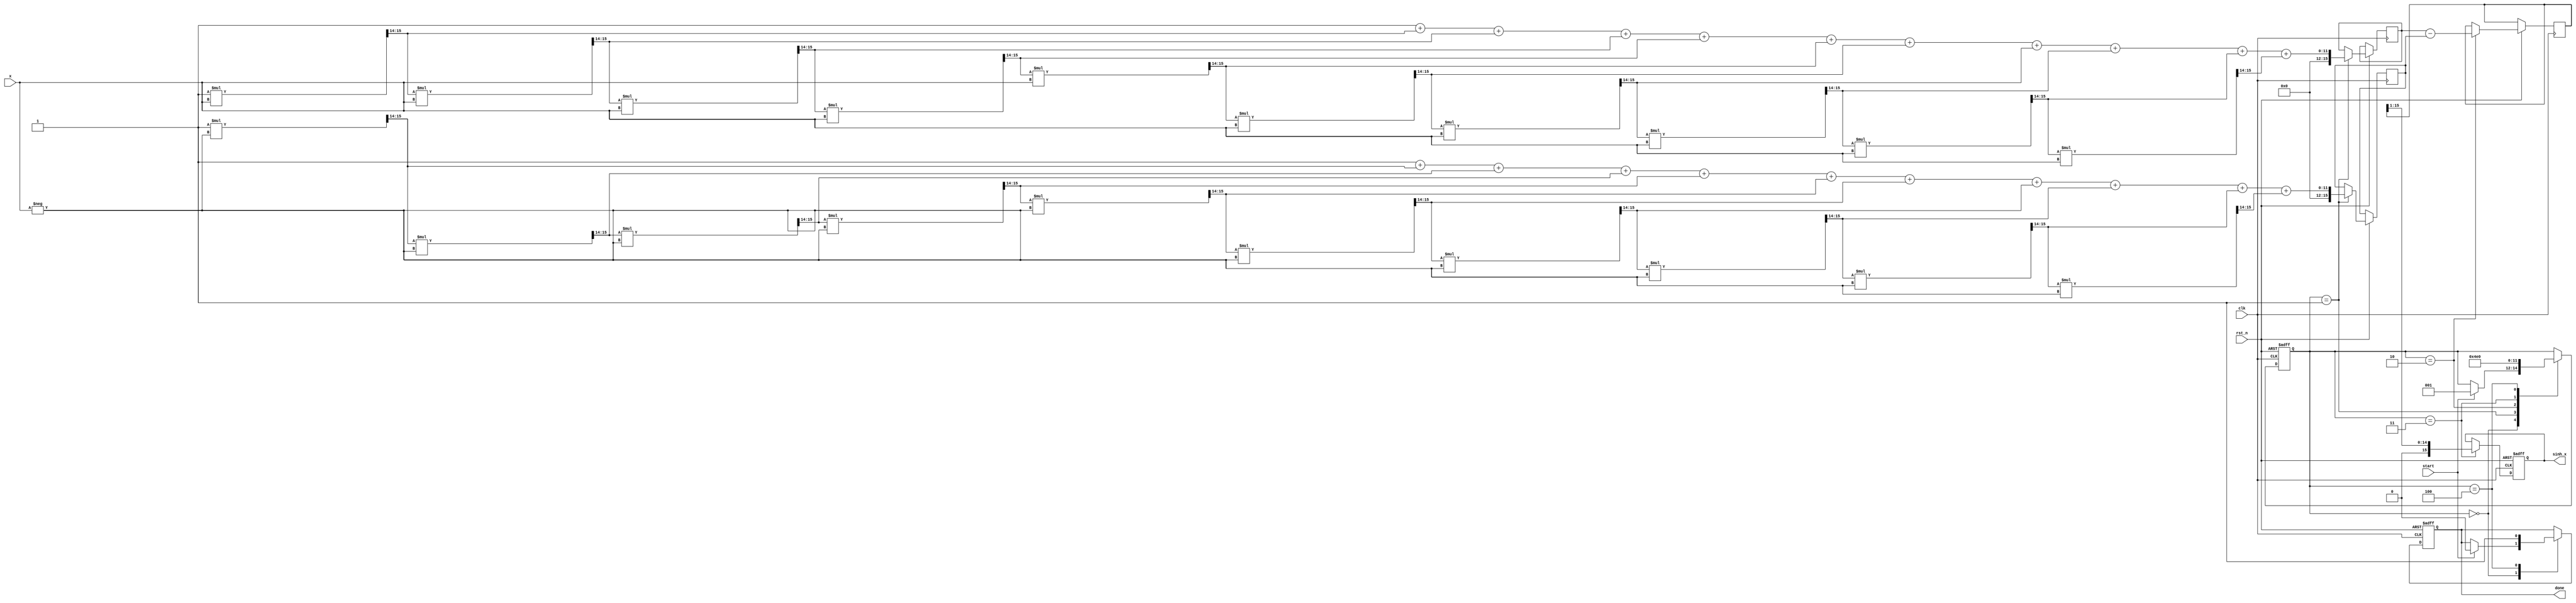
module sinh_block (
    input wire clk,
    input wire rst_n,
    input wire [15:0] x, // Fixed-point input (16 bits)
    input wire start,
    output reg [15:0] sinh_x, // Fixed-point output (16 bits)
    output reg done
);

    // Internal signals
    reg [15:0] exp_x;      // e^x
    reg [15:0] exp_neg_x;  // e^(-x)
    reg [15:0] diff;       // e^x - e^(-x)
    reg [2:0] state;       // State for FSM

    // State encoding
    localparam IDLE = 3'b000,
               CALC_EXP = 3'b001,
               CALC_DIFF = 3'b010,
               DIVIDE = 3'b011,
               DONE = 3'b100;

    // Simple Taylor series approximation for e^x
    function [15:0] exp_approx;
        input [15:0] x;
        reg [15:0] term;
        reg [15:0] sum;
        integer i;
        begin
            sum = 16'h0001; // e^0 = 1
            term = 16'h0001; // First term (x^0 / 0!)
            for (i = 1; i <= 10; i = i + 1) begin
                term = (term * x) >>> 14; // x^i / i! (using fixed-point)
                sum = sum + term;
            end
            exp_approx = sum;
        end
    endfunction

    // State Machine for computation
    always @(posedge clk or negedge rst_n) begin
        if (!rst_n) begin
            state <= IDLE;
            sinh_x <= 16'h0000;
            done <= 1'b0;
        end else begin
            case (state)
                IDLE: begin
                    if (start) begin
                        state <= CALC_EXP;
                        done <= 1'b0;
                    end
                end
                CALC_EXP: begin
                    exp_x <= exp_approx(x);
                    exp_neg_x <= exp_approx(-x);
                    state <= CALC_DIFF;
                end
                CALC_DIFF: begin
                    diff <= exp_x - exp_neg_x;
                    state <= DIVIDE;
                end
                DIVIDE: begin
                    sinh_x <= diff >>> 1; // Divide by 2
                    state <= DONE;
                end
                DONE: begin
                    done <= 1'b1;
                    state <= IDLE;
                end
            endcase
        end
    end

endmodule